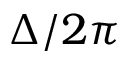
\Delta / 2 \pi